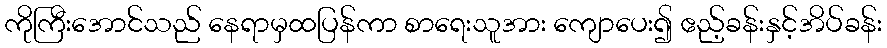
ကိုကြီးအောင်သည် နေရာမှထပြန်ကာ စာရေးသူအား ကျောပေး၍ ဧည့်ခန်းနှင့်အိပ်ခန်း